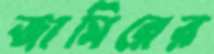
জামিরের